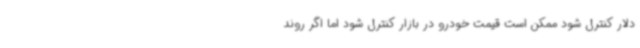
دلار کنترل شود ممکن است قیمت خودرو در بازار کنترل شود اما اگر روند